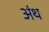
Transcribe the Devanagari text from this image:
अंथ